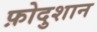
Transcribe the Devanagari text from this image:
फ़ोदुशान